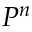
P ^ { n }